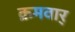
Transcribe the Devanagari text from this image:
क्रमवार्